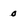
Character: 0